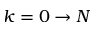
k = 0 \to N